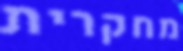
מחקרית